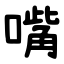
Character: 嘴